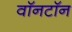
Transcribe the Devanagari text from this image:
वॉनटॉन